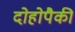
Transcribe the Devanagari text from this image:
दोहोपैकी